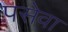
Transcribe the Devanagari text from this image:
पसेवा